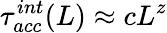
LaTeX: \tau_{acc}^{int}(L)\approx cL^{z}